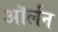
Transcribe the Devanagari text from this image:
ऑर्लन